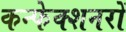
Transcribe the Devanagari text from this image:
कन्फेक्शनरों